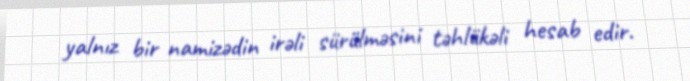
yalnız bir namizədin irəli sürülməsini təhlükəli hesab edir.